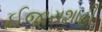
ઈજારાશાહી